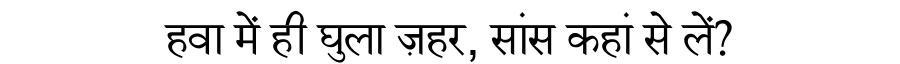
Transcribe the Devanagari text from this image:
हवा में ही घुला ज़हर, सांस कहां से लें?